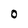
Character: O